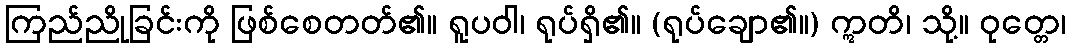
ကြည်ညိုခြင်းကို ဖြစ်စေတတ်၏။ ရူပဝါ၊ ရုပ်ရှိ၏။ (ရုပ်ချော၏။) ဣတိ၊ သို့။ ဝုတ္တေ၊